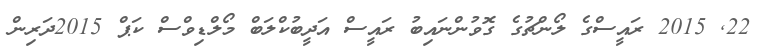
22